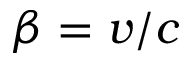
\beta = v / c